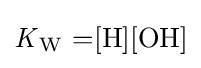
{{\mathit {K}}{\vphantom {A}}_{\smash[{t}]{\mathrm {W} }}~{=}[\mathrm {H} ][\mathrm {OH} ]}